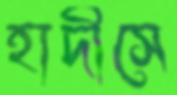
হাদীসে